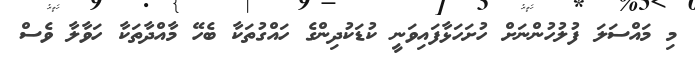
މި މައްސަލަ ފުލުހުންނަށް ހުށަހަޅާފައިވަނީ ކުޑަކުދިންގެ ހައްގުތަކާ ބެހޭ މާއްދާތަކާ ހަވާލާ ވެސް